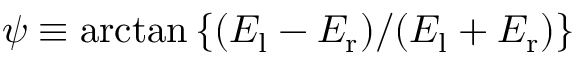
\psi \equiv \arctan \left\{ ( E _ { \mathrm { l } } - E _ { \mathrm { r } } ) / ( E _ { \mathrm { l } } + E _ { \mathrm { r } } ) \right\}